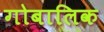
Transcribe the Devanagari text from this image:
गोबालिक